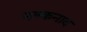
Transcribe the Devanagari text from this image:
नल्कनाद